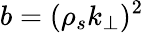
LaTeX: b=(\rho_{s}k_{\perp})^{2}